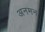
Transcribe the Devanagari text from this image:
अनमन